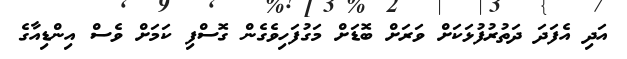
އަދި އެފަދަ ދަތުރުފުޅަކަށް ވަރަށް ބޮޑަށް މަގުފަހިވެގެން ގޮސްފި ކަމަށް ވެސް އިންޑިއާގެ